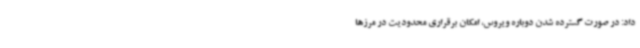
داد: در صورت گسترده شدن دوباره ویروس، امکان برقراری محدودیت در مرزها